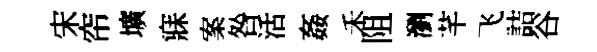
宋帘壙寐案咎活姦禾阻瀏芊飞詰谷